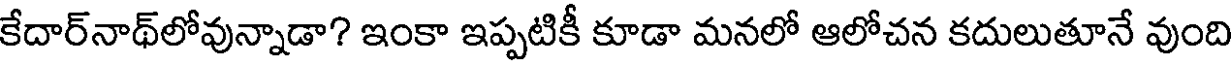
కేదార్నాథ్లోవున్నాడా? ఇంకా ఇప్పటికీ కూడా మనలో ఆలోచన కదులుతూనే వుంది